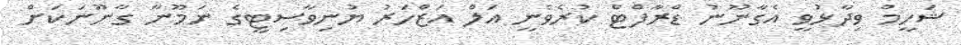
ޝަހީމް ވިދާޅުވީ އެގާނޫނު ޑްރާފްޓް ކުރެވެނީ އަލް އަޒްހަރު ޔުނިވާސިޓީގެ ނަމޫނާ ގާނޫނަކަށް